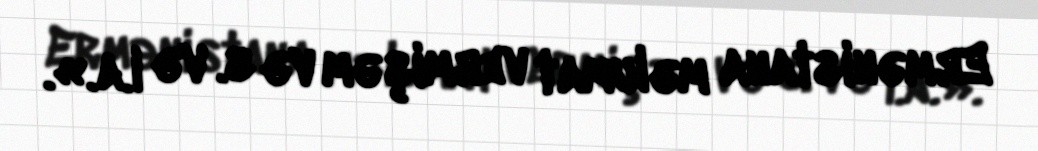
Ermənistana məlumat vermişəm və s. və i.a.».